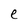
Character: e